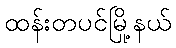
ထန်းတပင်မြို့နယ်